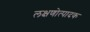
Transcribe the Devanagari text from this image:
लक्षणोत्पादक